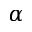
\alpha